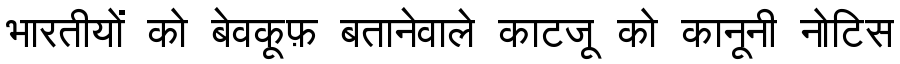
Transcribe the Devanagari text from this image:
भारतीयों को बेवकूफ़ बतानेवाले काटजू को कानूनी नोटिस